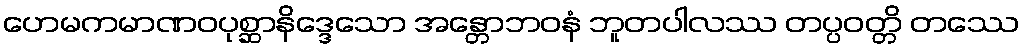
ဟေမကမာဏဝပုစ္ဆာနိဒ္ဒေသော အန္တောဘဝနံ ဘူတပါလဿ တပ္ပဝတ္တိ တဿေ